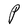
Character: P